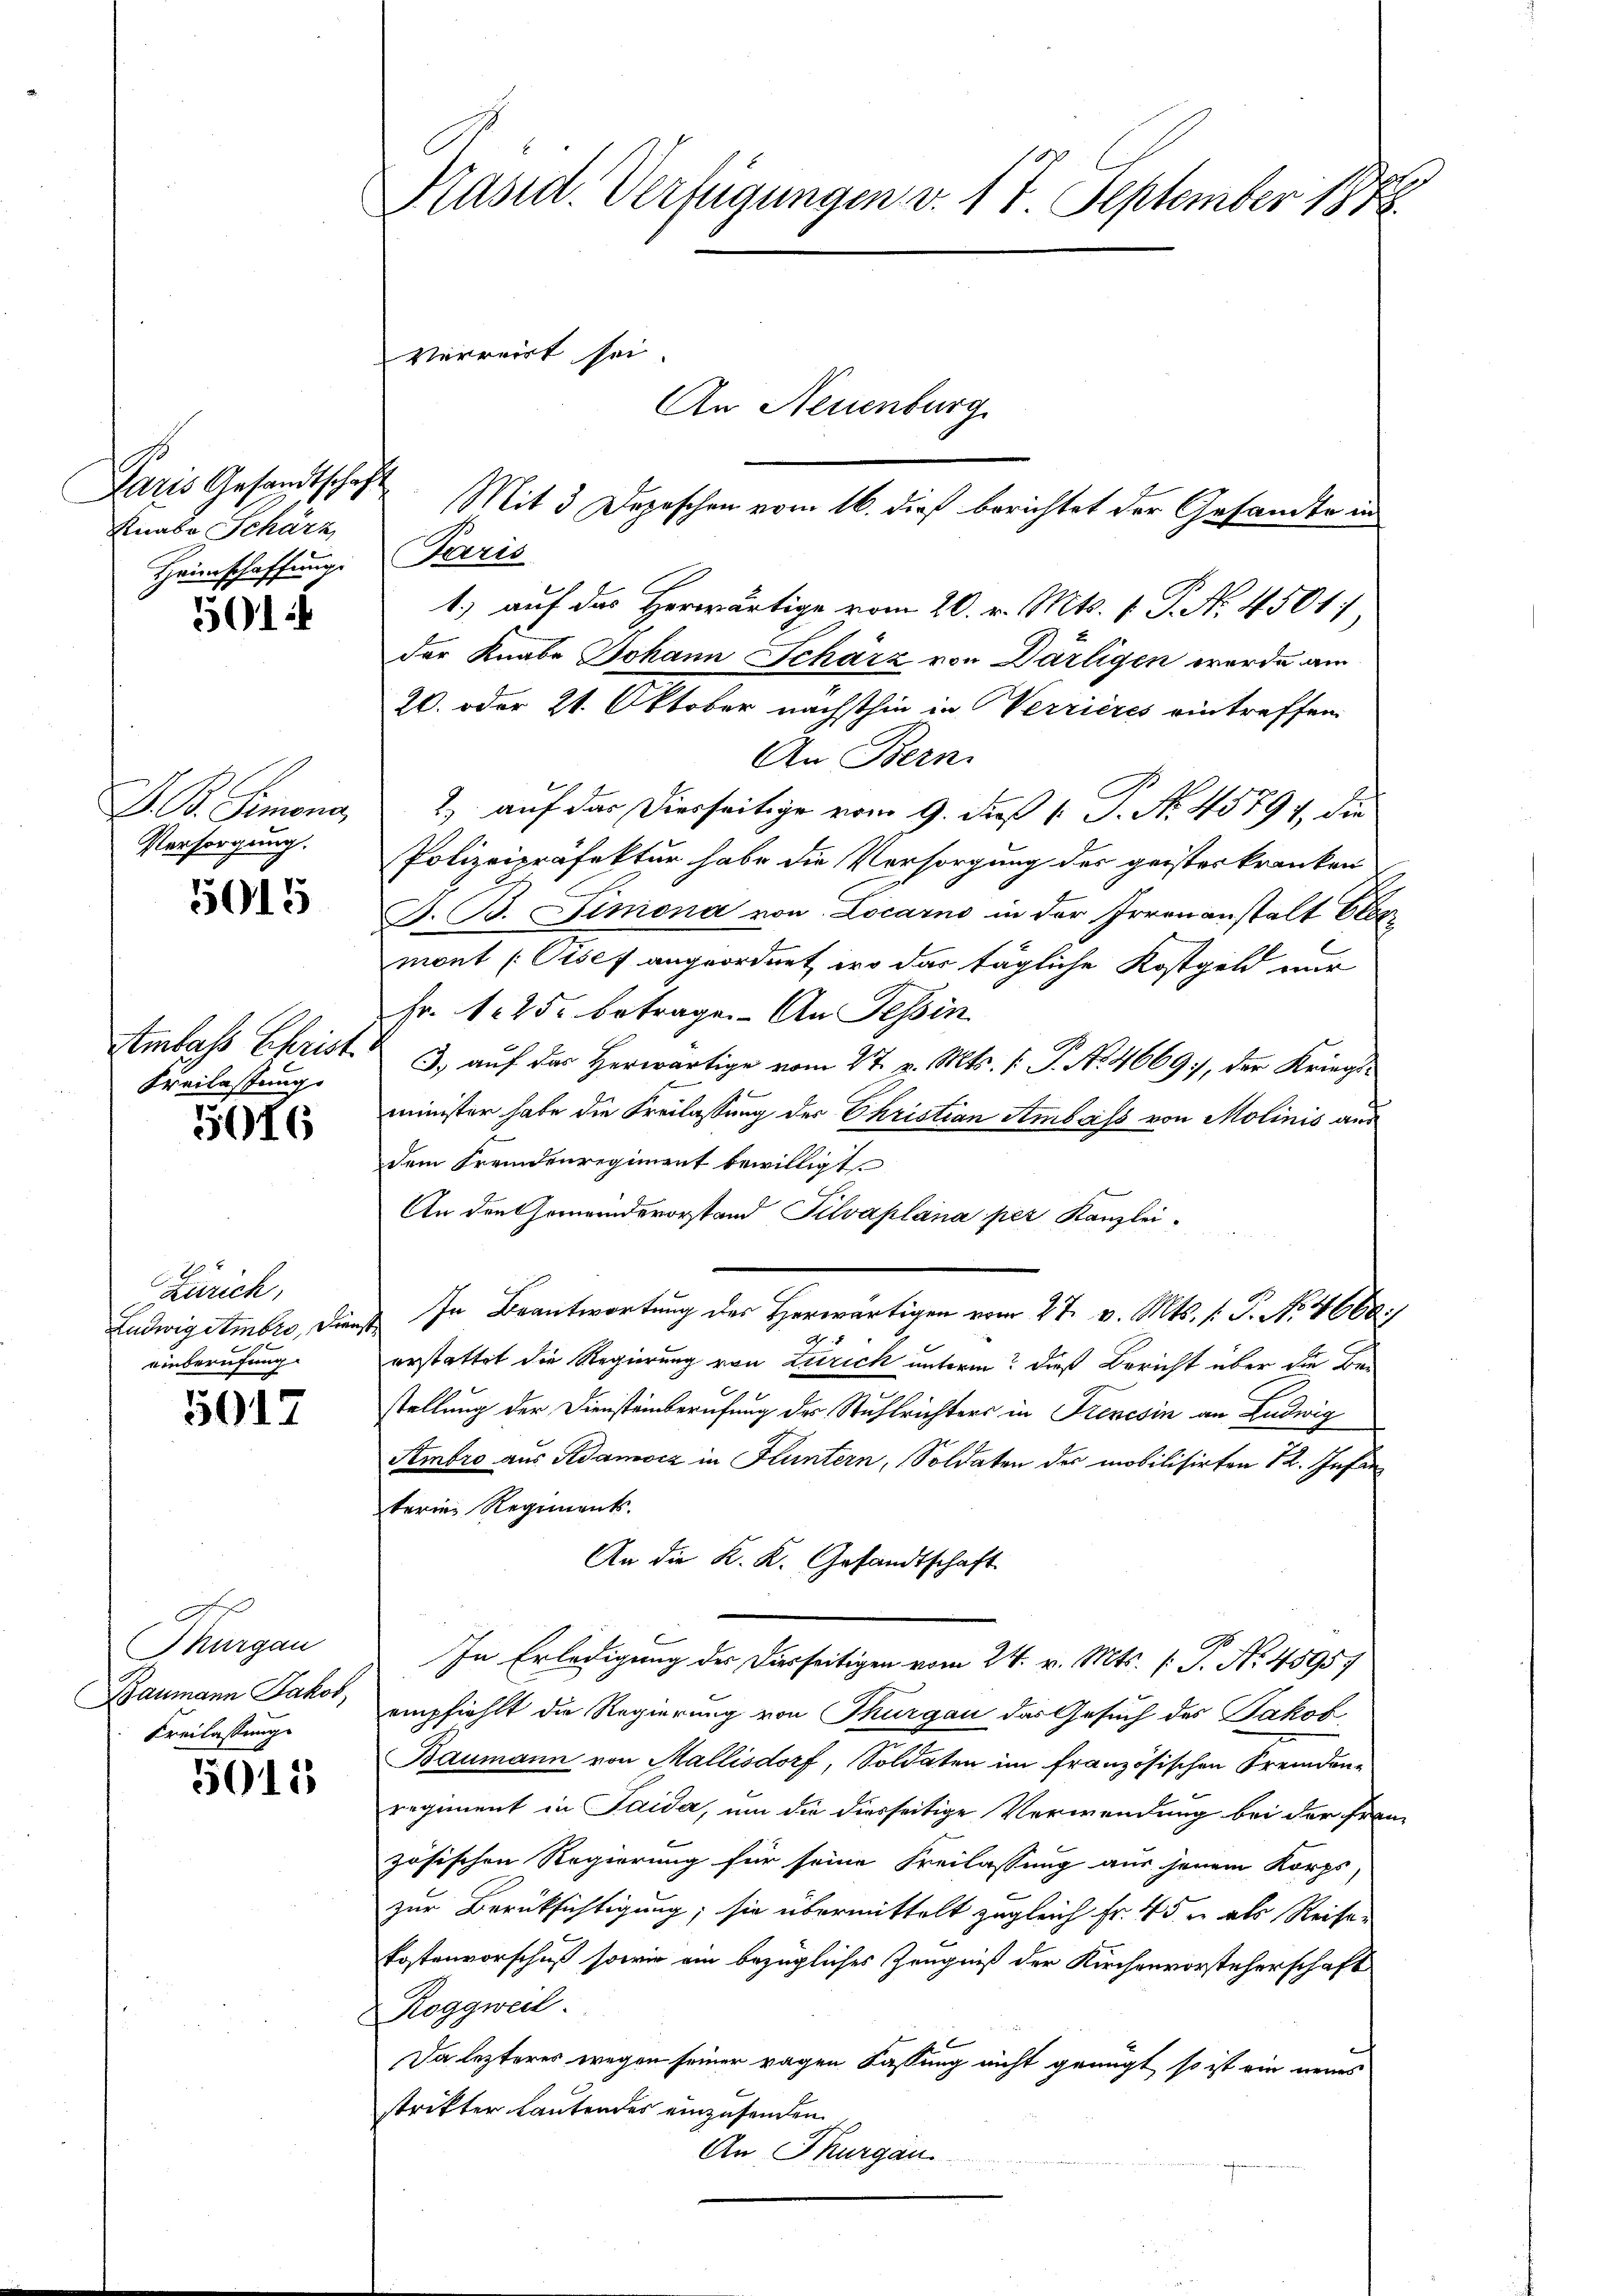
Paris Gesandtschaft
Knabe Schärz
Heimschaffung

501 f

G. B. Simona
Versorgung.

5015

Freilastung

5016

Zürich,
Ludwigstmoro, Dienst
einberufung

5017

Thurgau
Baumann Jakob,
Freilassung

5015

Präsid. Verfügungen v. 17 September 1878.
Verreirt sei
An Neuenburg

Paris
1.) auf das Herwärtige vom 20. v. Mts. 1. P. No. 4501
der Knabe Johann Scharz von Därligen wurde am
20. oder 21. Oktober nächsthin in Verrieres eintreffen.
An Bern.
2) auf das Dierseitige vom 9. daß [ P. Nr. 45894, die
Polizeipräfektur habe die Vorsorgung des geisterkranken
A. B. Simona von Locarno in der Irrenanstalt blos
mont Pisef angeordnet, wo das tägliche Kostgeld nur
Fr. 125. betrage. An Tessin
Ambass Ehrist 3, auf der Herwärtige vom 27. v. Mts. f. P. Nr. 4669, der Kriegss
minister habe die Freilassung des Ehristian Ambass von Molinis aus
dem Fremdenregiment bewilligt.
An den Gemeindevorstand Silvaplana per Kanzlei-
In Beantwortung des Herwärtigen vom 27. v. Mts. (: P. No. 4668)
erstattet die Regierung von Zürich unterm? dieß Bericht über die Bestellung der Dienstenberufung des Stuhlrichters in Frevesin an Ludwig
Sembro aus Adamocz in Fluntern, Soldaten der mobilisirten 12. Infan
terin Regiments.
An die K. K. Gesandtschaft
In Erledigung der diesseitigen vom 24. v. Mts. f. P. Nr. 45957
empfiehlt die Regierung von Thurgau das Gesuch des Jakob
Baumann von Mallisdorf, Soldaten im französischen Fremdenregiment in Saida, um die diesseitige Verwendung bei der Frauzösischen Regierung für seine Freilassung aus jenem Korps
zur Berüksichtigung, sie übermittelt zugleich Fr. 45 u. als Reisen
Postenvorschuß sowie ein bezügliches Zeugniß der Kirchenvorsteherschaft
Roggweil.
Da lezteres wegen seiner ragen Fassung nicht genügt, so ist ein neues
strikter lautendes einzusenden.
An Thurgau.

Mit 3 Depeschen vom 16. dieß berichtet der Gesandte in